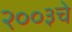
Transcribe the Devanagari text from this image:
२००३चे